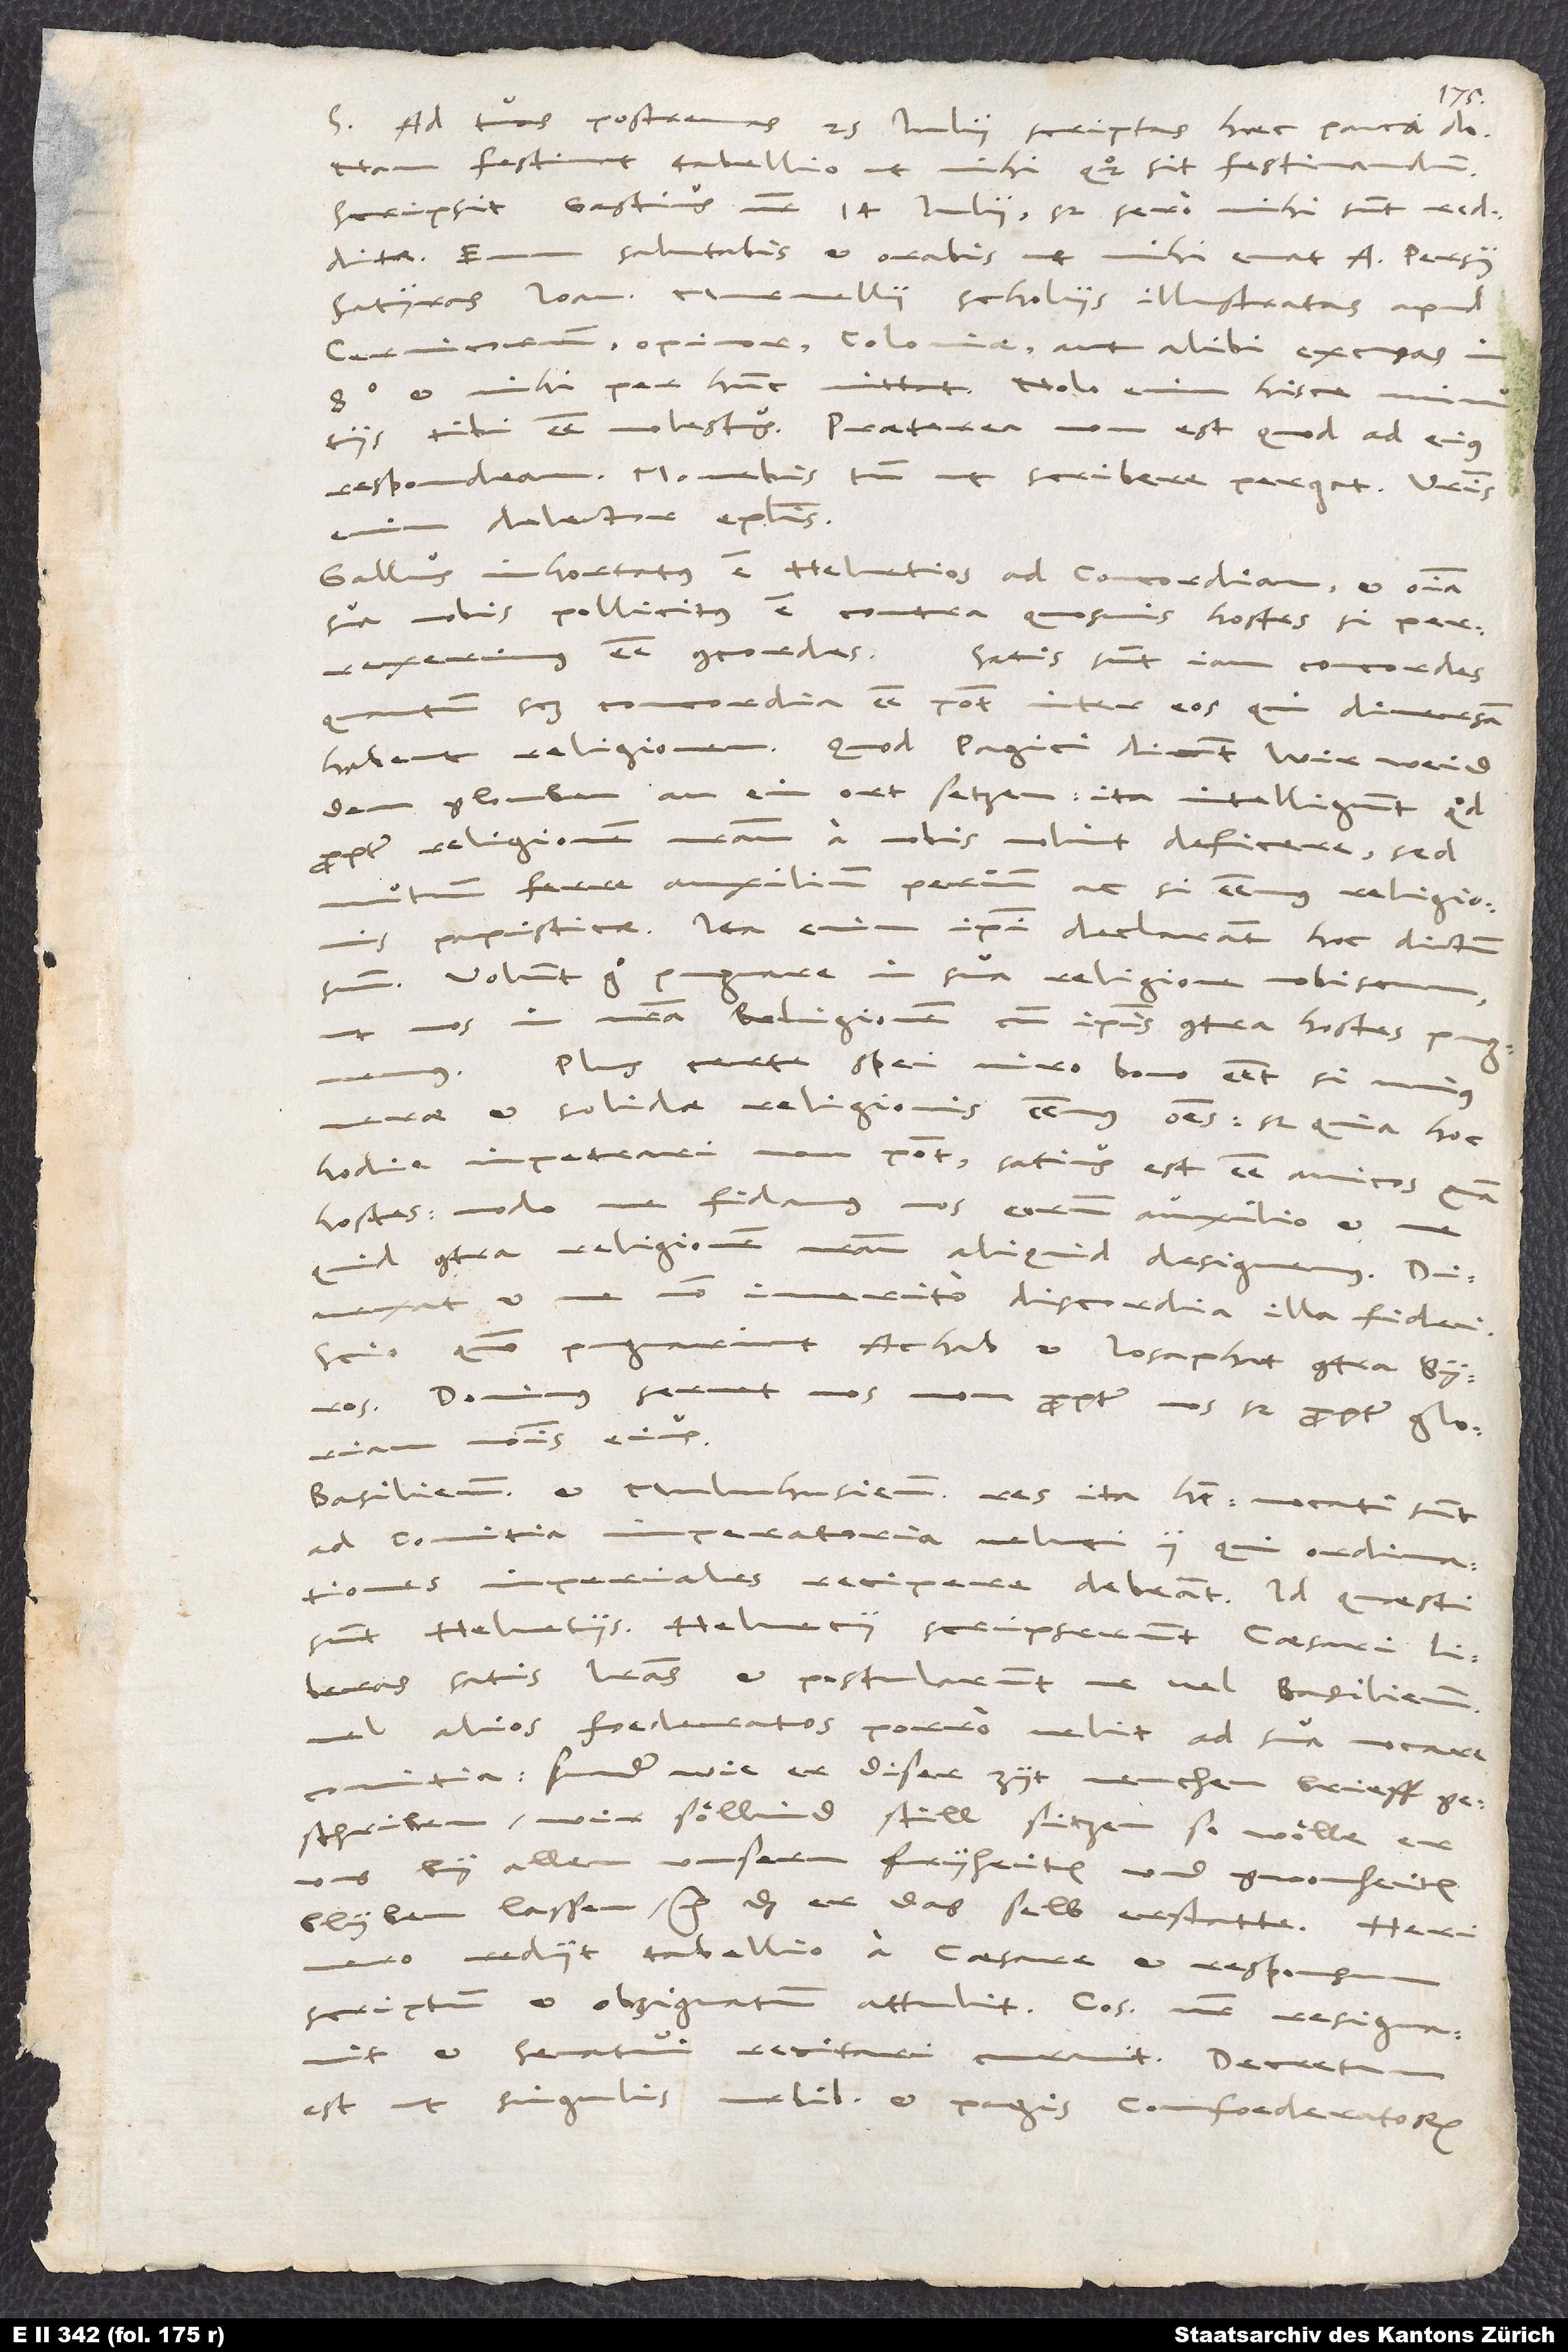
Ad tuas postremas 25. iulii scriptas haec pauca do,
nam festinat tabellio, ut mihi quoque sit festinandum.
Scripsit Gastius noster 14. iulii, sed sero mihi sunt redditae.
salutabis et orabis, ut mihi emat A Persii
satyras Ioannis Murmellii scholiis illustratas apud
Cervicornum, opinor, Coloniae aut alibi excusas
et mihi per hunc mittat. Nolo enim hisce minutiis
tibi esse molestus. Praeterea non est, quod ad eius
respondeam. Monebis tamen, ut scribere pergat. Vestris
delector epistolis.
Gallus inhortatus est Helvetios ad concordiam et omnia
sua nobis pollicitus est contra quosvis hostes, si perrexerimus
esse concordes. Satis sunt iam concordes,
quantum scilicet concordia esse potest inter eos, qui diversam
habent religionem. Quod Pagici dicunt: „Wir weid
den glouben an ein ort setzen“, ita intelligunt, quod
propter religionem nostram a nobis nolint deficere, sed
mutuum ferre auxilium, perinde ac si essemus religionis
papisticae. Ita enim ipsi declarant hoc dictum
suum. Volunt ergo pugnare in sua religione nobiscum,
ut nos in nostra religione cum ipsis contra hostes pugnemus.
Plus certe spei viro bono esset, si unius
S.
verae et solidae religionis essemus omnes, sed quia hoc
hodie impetrari non potest, satius est esse amicos quam
hostes, modo ne fidamus nos eorum auxilio et ne
Divexat et me non imerito discordia illa fidei.
Scio quomodo pugnarint Achab et Iosaphat contra Syros.
Dominus servet nos non propter nos, sed propter gloriam
nominis eius.
Basiliensium et Mulnhusiensium res ita habet: Vocati sunt
ad comitia imperatoria veluti ii, qui ordinationes
imperiales recipere debeant. Id quaesti
sunt Helvetiis. Helvetii scripserunt caesari
liberas satis literas et postularunt, ne vel Basilienses
vel alios foederatos porro velit ad sua vocare
comitia, sunder (wie er diser zyt menchen brieff
geschriben, wir söllind still sitzen, so wölle er
uns by allen unsern fryheiten und gwonheiten
blyben lassen, etc) das er dasselb erstatte. Heri
vero rediit tabellio a caesare et responsum
scriptum et obsignatum attulit. Consul noster resignavit
et senatui recitari curavit. Decretum
est, ut singulis Urbibus et Pagis confoederatorum